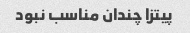
پیتزا چندان مناسب نبود